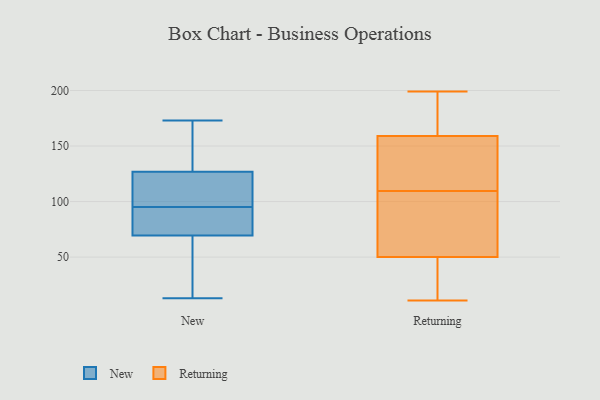
{"axis": {"x": "Shipments", "y": "Value"}, "legend": ["New", "Returning"], "data": [{"x": "", "y": 136, "type": "New"}, {"x": "", "y": 161, "type": "New"}, {"x": "", "y": 118, "type": "New"}, {"x": "", "y": 173, "type": "New"}, {"x": "", "y": 132, "type": "New"}, {"x": "", "y": 72, "type": "New"}, {"x": "", "y": 34, "type": "New"}, {"x": "", "y": 95, "type": "New"}, {"x": "", "y": 81, "type": "New"}, {"x": "", "y": 125, "type": "New"}, {"x": "", "y": 112, "type": "New"}, {"x": "", "y": 76, "type": "New"}, {"x": "", "y": 13, "type": "New"}, {"x": "", "y": 22, "type": "New"}, {"x": "", "y": 87, "type": "New"}, {"x": "", "y": 115, "type": "New"}, {"x": "", "y": 62, "type": "New"}, {"x": "", "y": 199, "type": "Returning"}, {"x": "", "y": 79, "type": "Returning"}, {"x": "", "y": 136, "type": "Returning"}, {"x": "", "y": 11, "type": "Returning"}, {"x": "", "y": 88, "type": "Returning"}, {"x": "", "y": 196, "type": "Returning"}, {"x": "", "y": 176, "type": "Returning"}, {"x": "", "y": 96, "type": "Returning"}, {"x": "", "y": 50, "type": "Returning"}, {"x": "", "y": 123, "type": "Returning"}, {"x": "", "y": 41, "type": "Returning"}, {"x": "", "y": 159, "type": "Returning"}, {"x": "", "y": 63, "type": "Returning"}, {"x": "", "y": 34, "type": "Returning"}, {"x": "", "y": 129, "type": "Returning"}, {"x": "", "y": 168, "type": "Returning"}, {"x": "", "y": 127, "type": "Returning"}, {"x": "", "y": 37, "type": "Returning"}]}